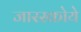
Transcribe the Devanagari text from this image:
जारस्कोये